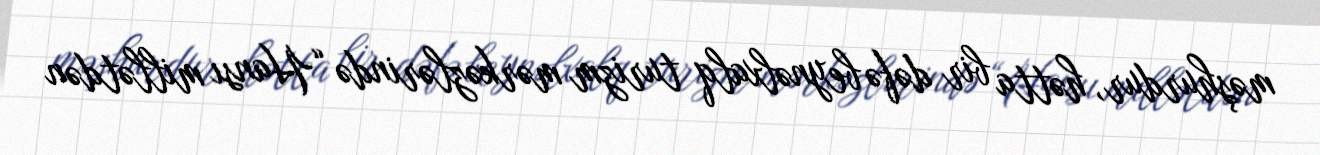
məşhurdur, hətta bir dəfə beynəlxalq turizm mərkəzlərində “Hansı millətdən